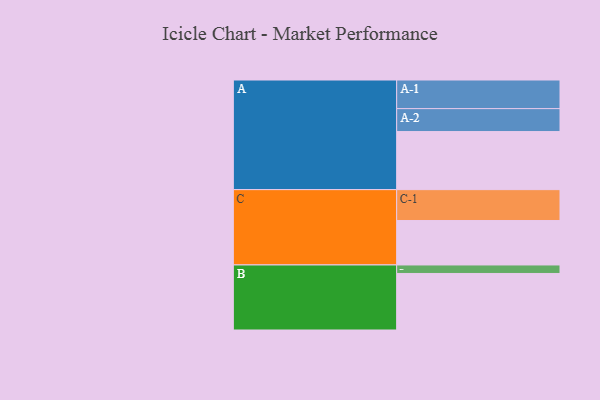
{"axis": {"x": "Segment", "y": "Value"}, "legend": ["", "A", "B", "C"], "data": [{"x": "A", "y": 491, "type": ""}, {"x": "B", "y": 478, "type": ""}, {"x": "C", "y": 376, "type": ""}, {"x": "A-1", "y": 242, "type": "A"}, {"x": "A-2", "y": 194, "type": "A"}, {"x": "B-1", "y": 72, "type": "B"}, {"x": "C-1", "y": 261, "type": "C"}]}